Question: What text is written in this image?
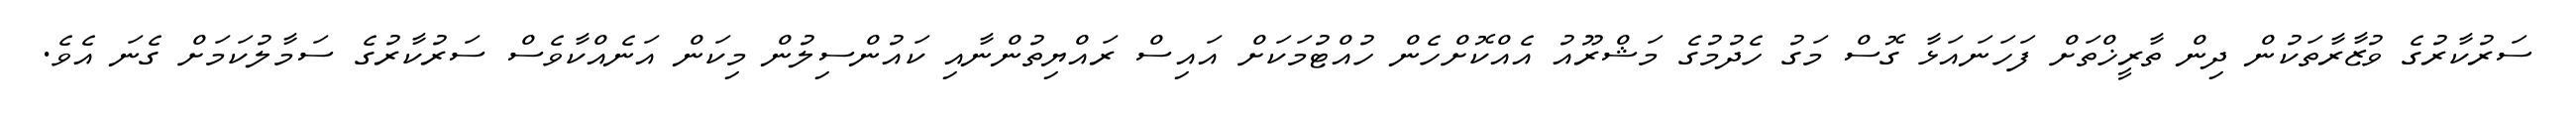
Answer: ސަރުކާރުގެ ވުޒާރާތަކުން ދިން ތާރީޚްތަށް ފަހަނައަޅާ ގޮސް މަގު ހެދުމުގެ މަޝްރޫއު އެއްކޮށްހެން ހުއްޓުމަކަށް އައިސް ރައްޔިތުންނާއި ކައުންސިލުން މިކަން އަނެއްކާވެސް ސަރުކާރުގެ ސަމާލުކަމަށް ގެނަ އެވެ.